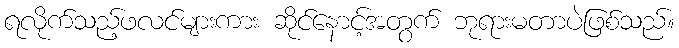
ရလိုက်သည့်ဖလင်များကား ဆိုင်နောင့်အတွက် ဘုရားမတာပဲဖြစ်သည်။